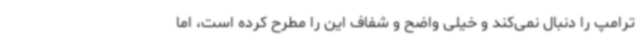
ترامپ را دنبال نمی‌کند و خیلی واضح و شفاف این را مطرح کرده است، اما